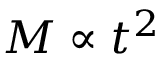
M \propto t ^ { 2 }